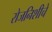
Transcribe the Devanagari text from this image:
रोजनिशीचे